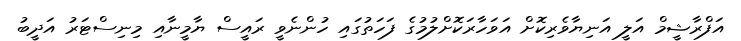
އަފްރާޝީމް އަލީ އަނިޔާވެރިކޮށް އަވަހާރަކޮށްލުމުގެ ފަހަތުގައި ހުންނެވީ ރައީސް ޔާމީނާއި މިނިސްޓަރު އަދީބު